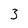
Character: 3